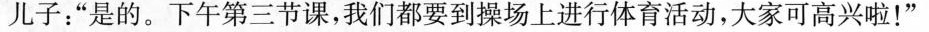
儿子：”是的。下午第三节课，我们都要到操场上进行体育活动，大家可高兴啦！”